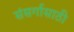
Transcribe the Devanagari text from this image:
संसर्गासाठी